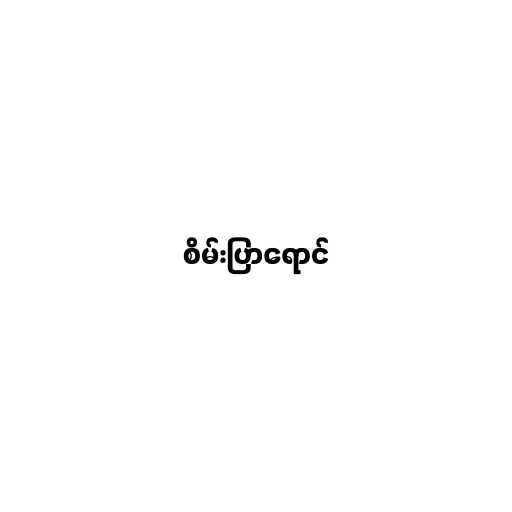
စိမ်းပြာရောင်